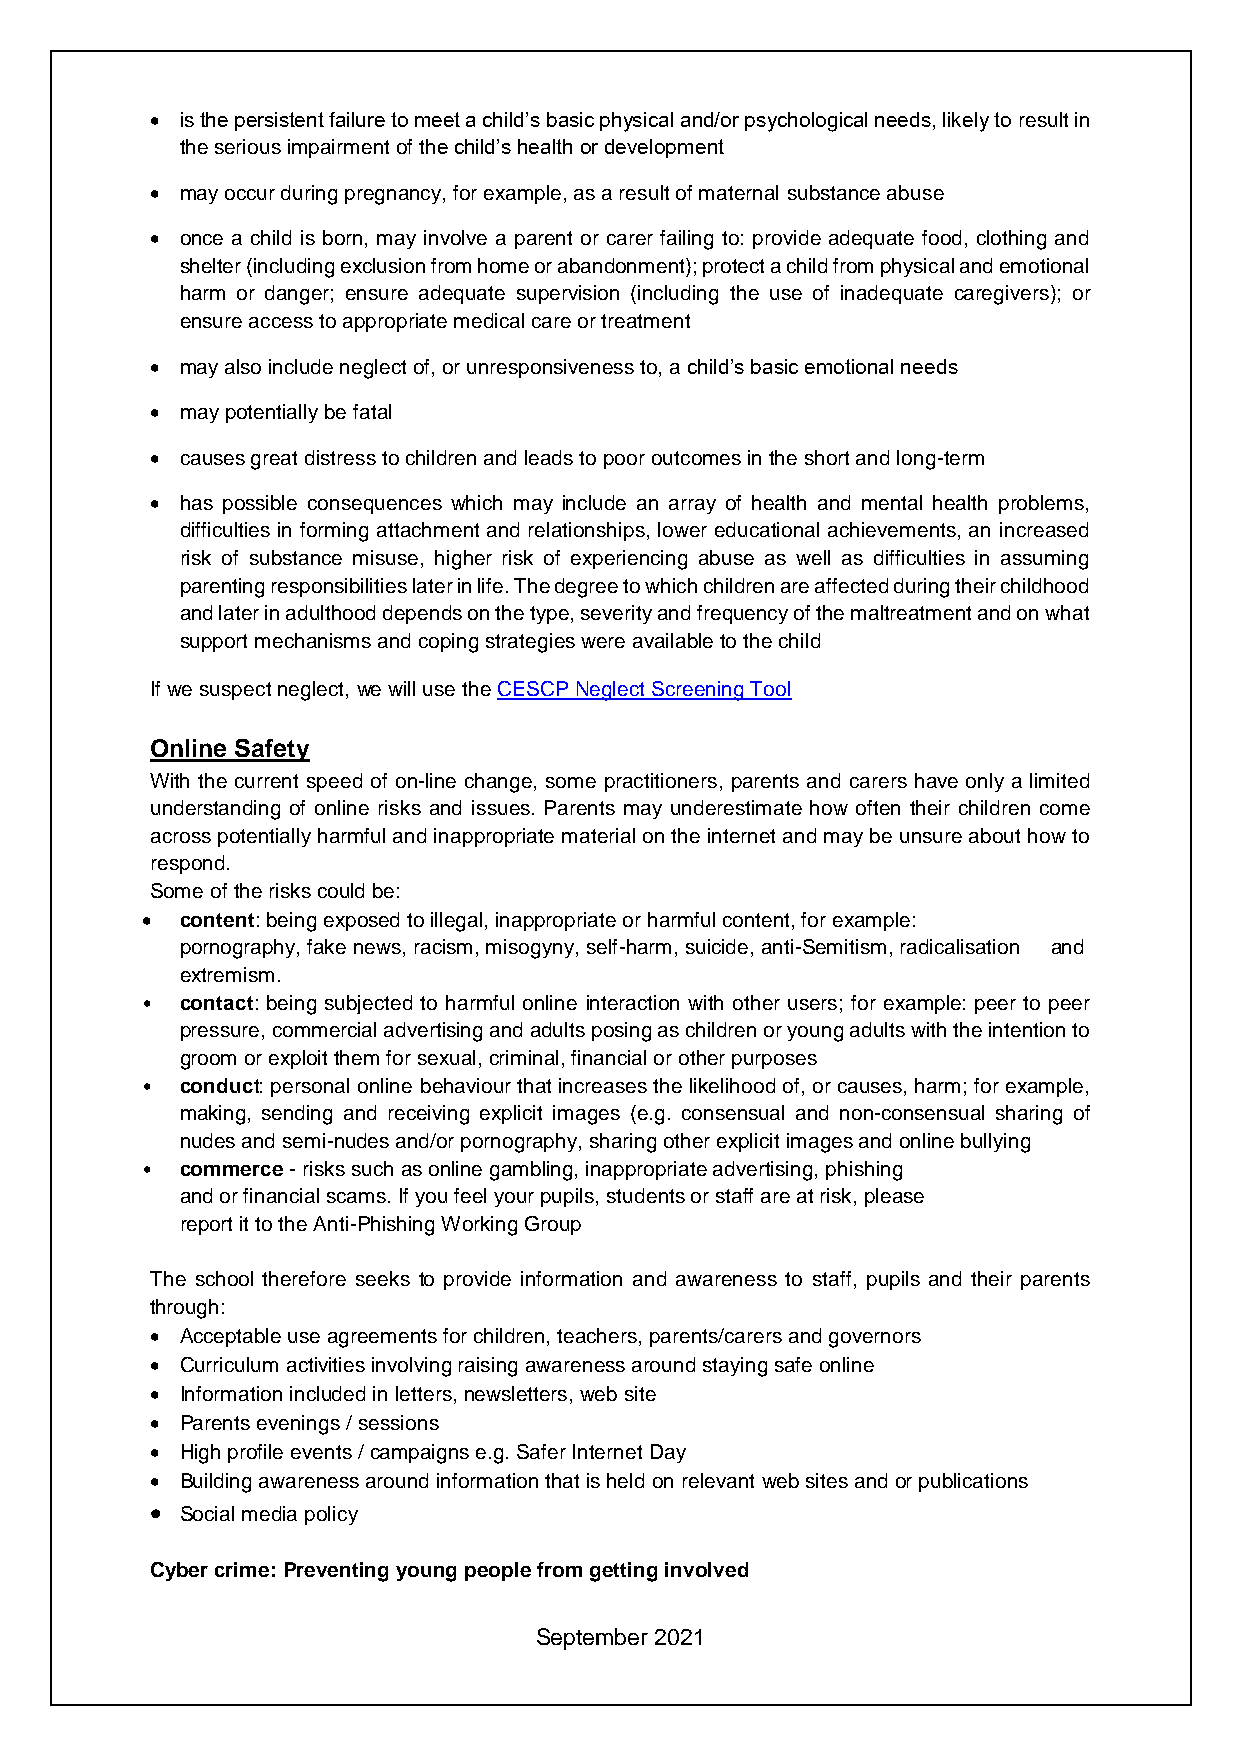
• is the persistent failure to meet a child’s basic physical and/or psychological needs, likely to result in
 the serious impairment of the child’s health or development
 • may occur during pregnancy, for example, as a result of maternal substance abuse
 • once a child is born, may involve a parent or carer failing to: provide adequate food, clothing and
 shelter (including exclusion from home or abandonment); protect a child from physical and emotional
 harm or danger; ensure adequate supervision (including the use of inadequate caregivers); or
 ensure access to appropriate medical care or treatment
 • may also include neglect of, or unresponsiveness to, a child’s basic emotional needs
 • may potentially be fatal
 • causes great distress to children and leads to poor outcomes in the short and long-term
 • has possible consequences which may include an array of health and mental health problems,
 difficulties in forming attachment and relationships, lower educational achievements, an increased
 risk of substance misuse, higher risk of experiencing abuse as well as difficulties in assuming
 parenting responsibilities later in life. The degree to which children are affected during their childhood
 and later in adulthood depends on the type, severity and frequency of the maltreatment and on what
 support mechanisms and coping strategies were available to the child
 If we suspect neglect, we will use the CESCP Neglect Screening Tool
 Online Safety
 With the current speed of on-line change, some practitioners, parents and carers have only a limited
 understanding of online risks and issues. Parents may underestimate how often their children come
 across potentially harmful and inappropriate material on the internet and may be unsure about how to
 respond.
 Some of the risks could be:
 •  content: being exposed to illegal, inappropriate or harmful content, for example:
 pornography, fake news, racism, misogyny, self-harm, suicide, anti-Semitism, radicalisation and
 extremism.
 •  contact: being subjected to harmful online interaction with other users; for example: peer to peer
 pressure, commercial advertising and adults posing as children or young adults with the intention to
 groom or exploit them for sexual, criminal, financial or other purposes
 •  conduct: personal online behaviour that increases the likelihood of, or causes, harm; for example,
 making, sending and receiving explicit images (e.g. consensual and non-consensual sharing of
 nudes and semi-nudes and/or pornography, sharing other explicit images and online bullying
 •  commerce - risks such as online gambling, inappropriate advertising, phishing
 and or financial scams. If you feel your pupils, students or staff are at risk, please
 report it to the Anti-Phishing Working Group
 The school therefore seeks to provide information and awareness to staff, pupils and their parents
 through:
 • Acceptable use agreements for children, teachers, parents/carers and governors
 • Curriculum activities involving raising awareness around staying safe online
 • Information included in letters, newsletters, web site
 • Parents evenings / sessions
 • High profile events / campaigns e.g. Safer Internet Day
 • Building awareness around information that is held on relevant web sites and or publications
 • Social media policy
 Cyber crime: Preventing young people from getting involved
 September 2021